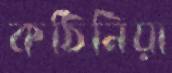
কঠিনিয়া